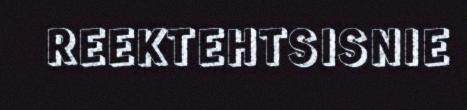
REEKTEHTSISNIE